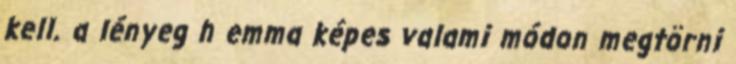
kell. a lényeg h emma képes valami módon megtörni